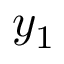
y _ { 1 }